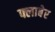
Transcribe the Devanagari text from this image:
फ्लाबेर